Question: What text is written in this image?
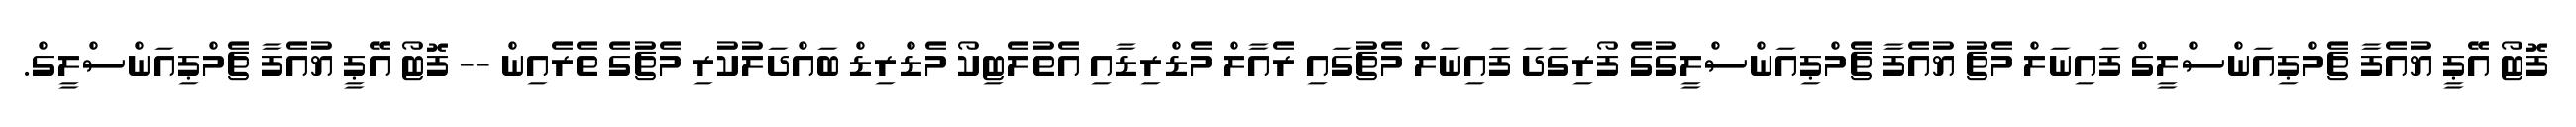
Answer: ފޮޓޯ އޭޕީ ޔުއެފާ ޗެމްޕިއަންސްލީގް ފައިނަލް މެޗު ޔުއެފާ ޗެމްޕިއަންސްލީގުގެ ފޯރިގަދަ ފައިނަލް މެޗުގައި ރެއާލް މެޑްރިޑާއި އެތުލެޓިކޯ މެޑްރިޑް ބައްދަލުކުރި މެޗުގެ ތެރެއިން -- ފޮޓޯ އޭޕީ ޔުއެފާ ޗެމްޕިއަންސްލީގް.